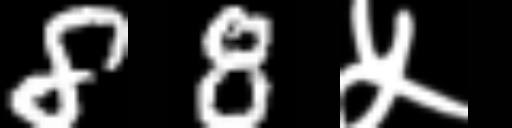
Text: 88५